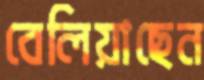
বেলিয়াছেন